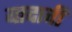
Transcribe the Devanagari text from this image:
बादावी